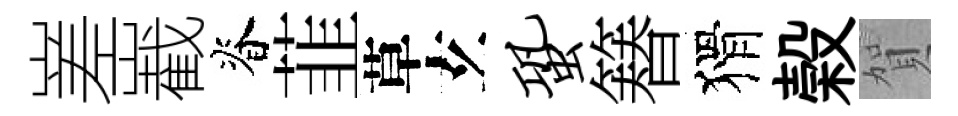
嵳嶻脊韮草𤣥蛩簮猾榖賀